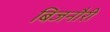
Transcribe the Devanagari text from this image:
बिजनौरी